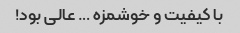
با کیفیت و خوشمزه … عالی بود!